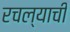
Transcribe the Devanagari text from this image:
रचल्याची